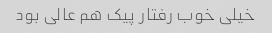
خیلی خوب رفتار پیک هم عالی بود